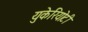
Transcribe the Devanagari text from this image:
युकेरियोटी